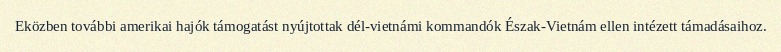
Eközben további amerikai hajók támogatást nyújtottak dél-vietnámi kommandók Észak-Vietnám ellen intézett támadásaihoz.